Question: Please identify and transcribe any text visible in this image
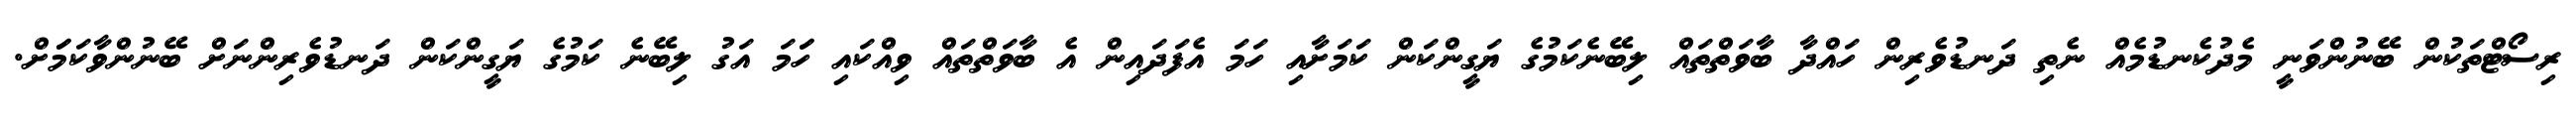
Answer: ރިސޯޓްތަކުން ބޭނުންވަނީ މެދުކެނޑުމެއް ނެތި ދަނޑުވެރިން ހައްދާ ބާވަތްތައް ލިބޭނެކަމުގެ ޔަގީންކަން ކަމަށާއި ހަމަ އެފަދައިން އެ ބާވަތްތައް ވިއްކައި ހަަމަ އަގު ލިބޭނެ ކަމުގެ ޔަގީންކަން ދަނޑުވެރިންނަށް ބޭނުންވާކަމަަށް.